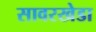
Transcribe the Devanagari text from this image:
सावरखेडा